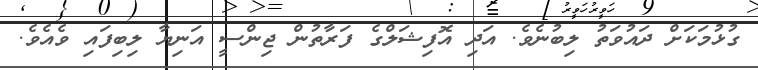
ގުޅުމަކަށް ދައުވަތު ލިބުނެވެ. އަދި އޮފިޝަލްގެ ފަރާތުން ޖިންސީ އަނިޔާ ލިބިފައި ވެއެވެ.